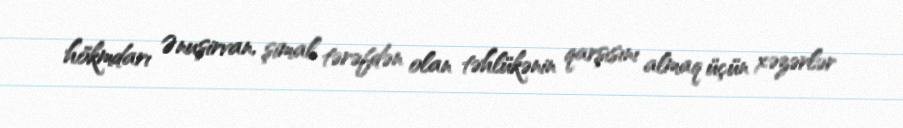
hökmdarı Ənuşirvan, şimal tərəfdən olan təhlükənin qarşısını almaq üçün xəzərlər